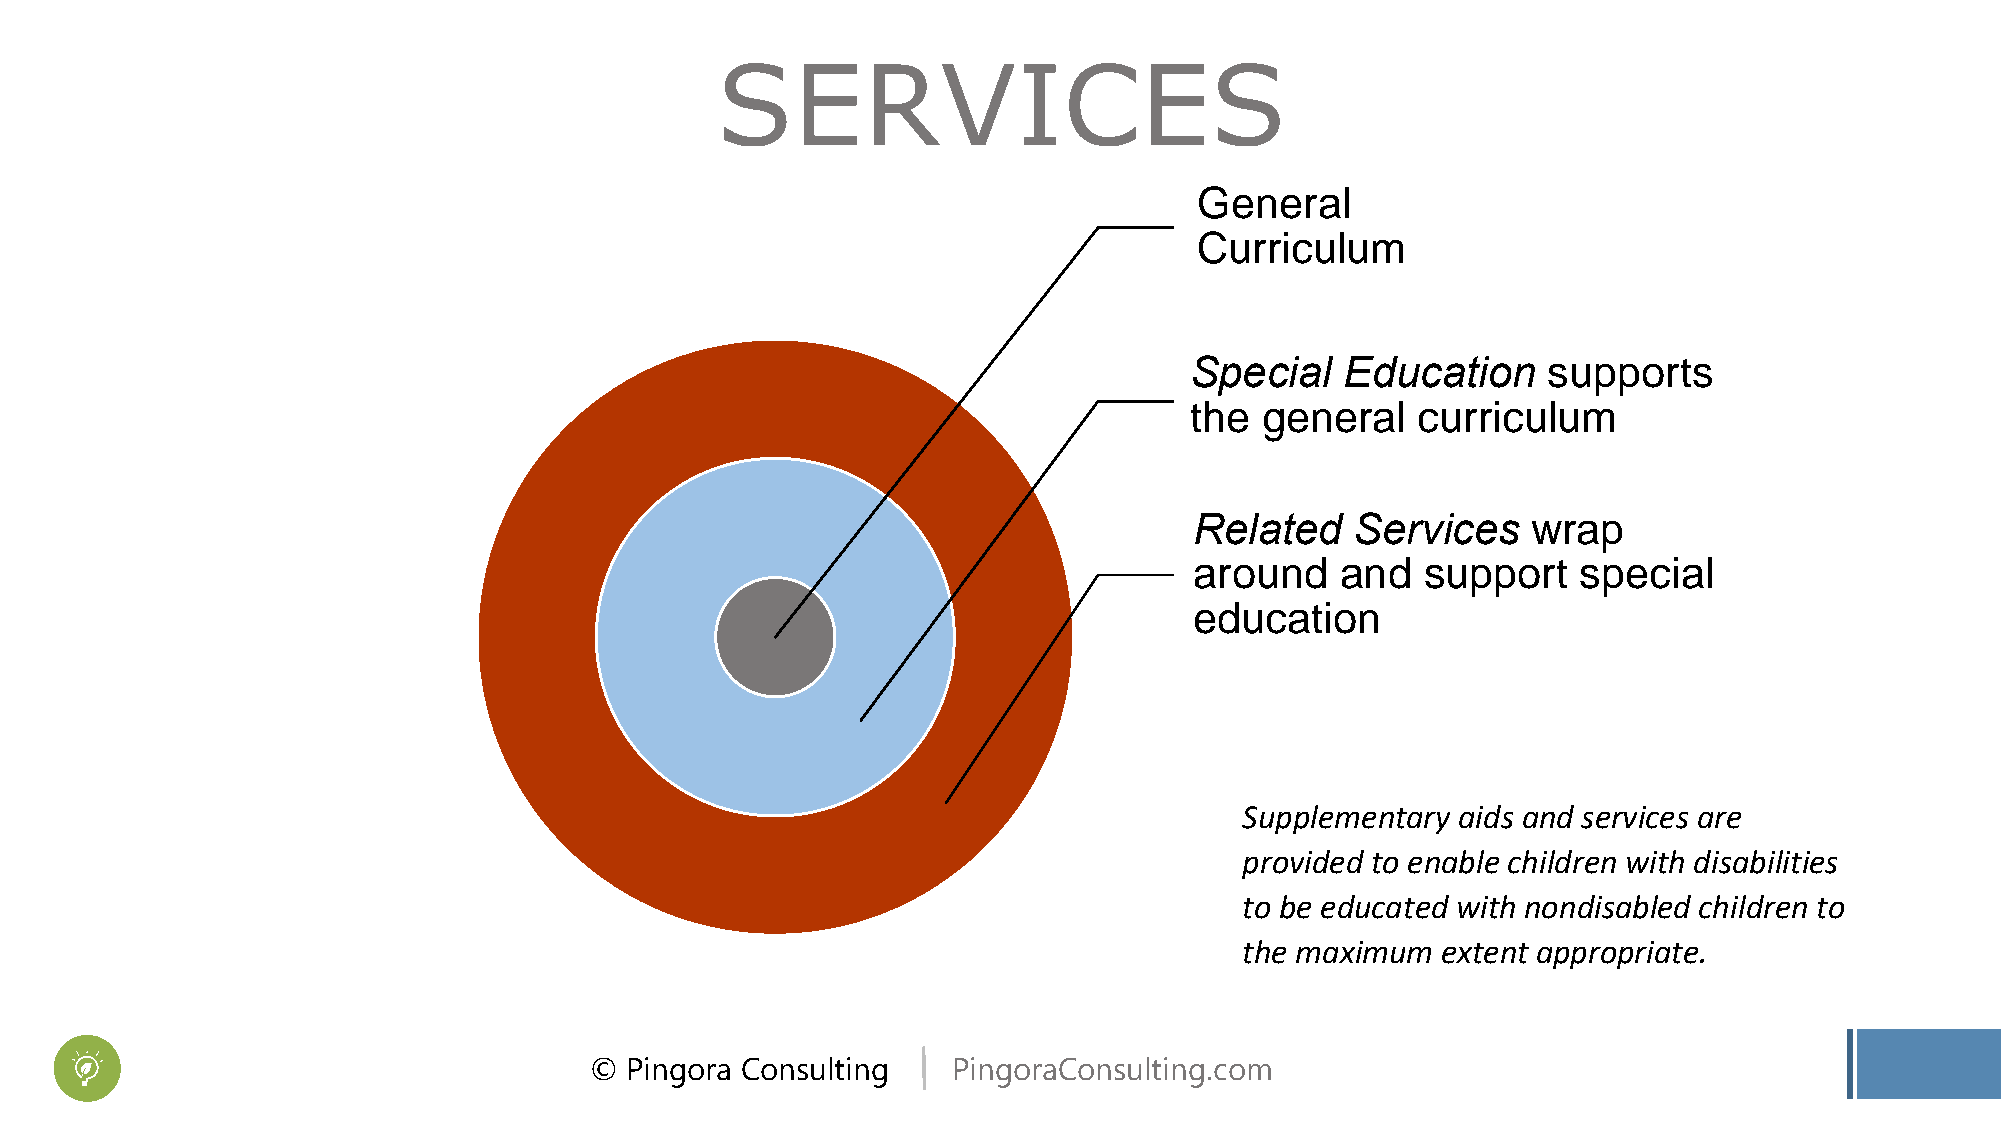
© Pingora Consulting    PingoraConsulting.com
 S  E  R  V I C  E  S
 S    E
 © P
 R
 i n g o r
 V
 a C o n
 I
 s u l t
 C
 i n g , L
 E
 L C
 GC
 St
 h
 Rae
 S
 eu
 p
 e
 er
 od
 n e r a l
 r r i c u l u
 e c i a l E
 g e n e r
 l a t e d Su
 n d a nu
 c a t i o n
 S u p p l e m e
 p r o v i d e d
 t o b e e d u
 t h e m a x i m
 m
 d u ca
 l c
 e r vd
 s
 n t a r
 t o e n
 c a t e
 u m
 a t i o n su
 r r i c u l u
 i c e s w ru
 p p o r t
 y a i d s a n d
 a b l e c h i l d
 d w i t h n o n
 e x t e n t a p
 u pm
 a p
 s p
 s e
 r e n
 d i s
 p r o
 p
 e
 r v
 w
 a
 p
 o r t s
 c i a l
 i c e s a r
 i t h d i s
 b l e d c h
 r i a t e .
 e
 a b
 i l d
 i
 r
 l
 e
 i t
 n
 i e
 t
 s
 o